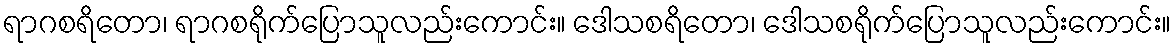
ရာဂစရိတော၊ ရာဂစရိုက်ပြောသူလည်းကောင်း။ ဒေါသစရိတော၊ ဒေါသစရိုက်ပြောသူလည်းကောင်း။